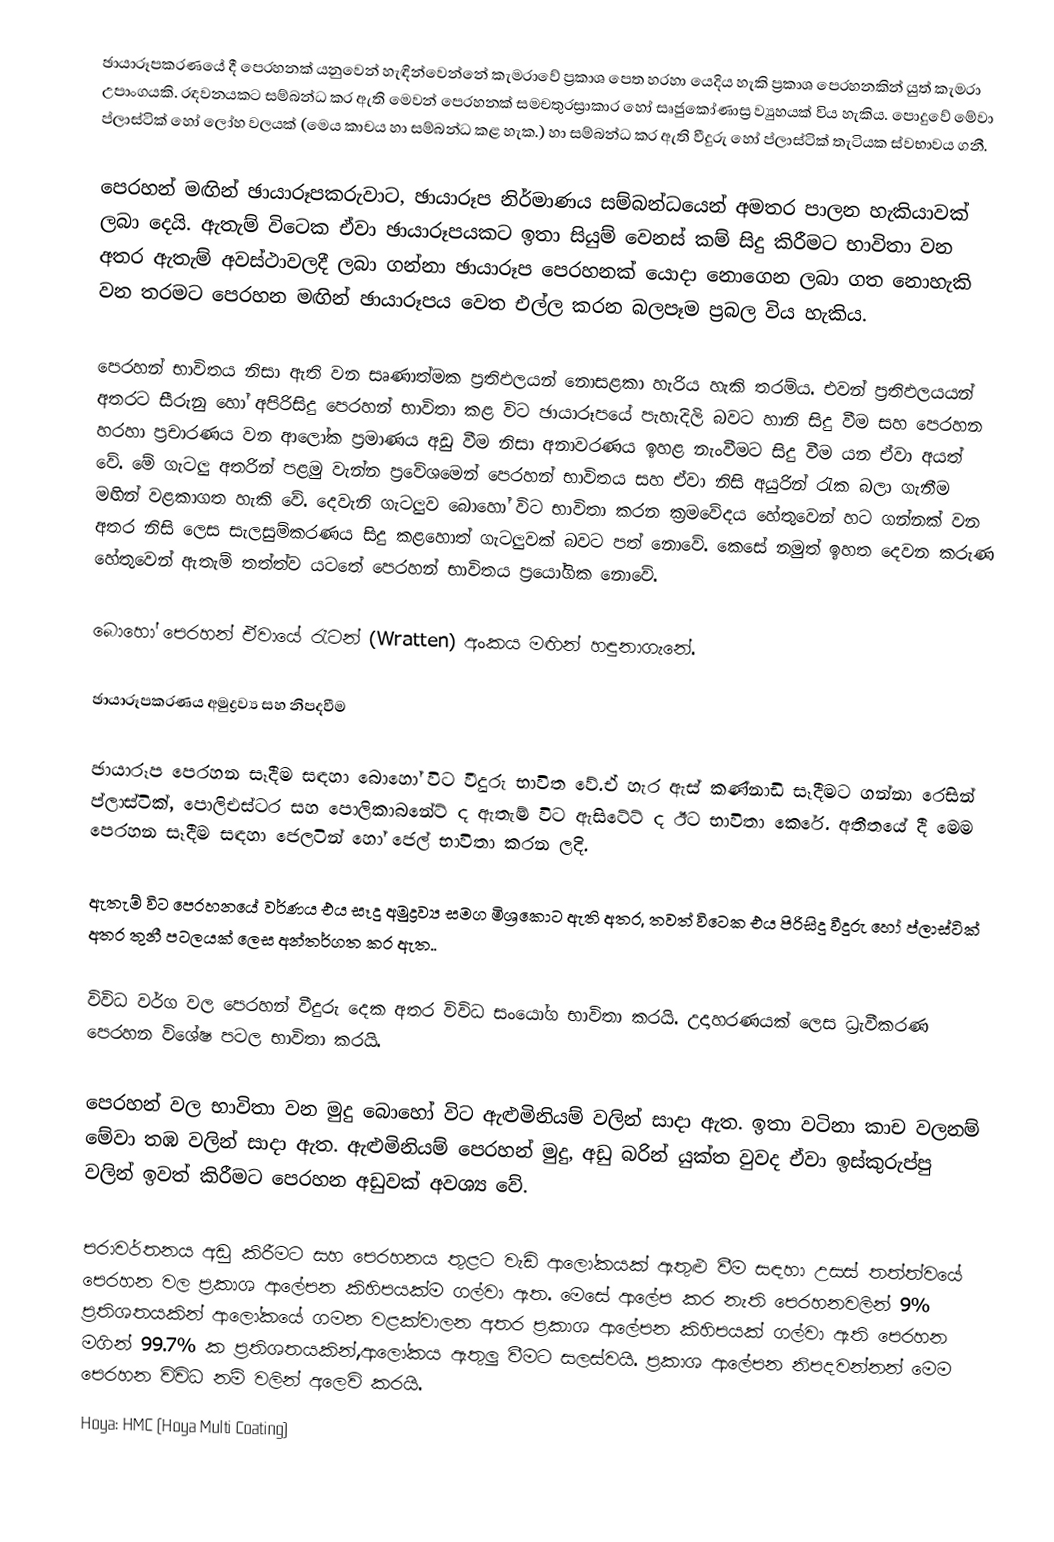
ඡායාරූපකරණයේ දී පෙරහනක් යනුවෙන් හැඳින්වෙන්නේ කැමරාවේ ප්‍රකාශ පෙත හරහා යෙදිය හැකි ප්‍රකාශ පෙරහනකින් යුත් කැමරා උපාංගයකි. රඳවනයකට සම්බන්ධ කර ඇති මෙවන් පෙරහනක් සමචතුරස්‍රාකාර හෝ සෘජුකෝණාස්‍ර ව්‍යුහයක් විය හැකිය. පොදුවේ මේවා ප්ලාස්ටික් හෝ ලෝහ වලයක් (මෙය කාචය හා සම්බන්ධ කළ හැක.) හා සම්බන්ධ කර ඇති වීදුරු හෝ ප්ලාස්ටික් තැටියක ස්වභාවය ගනී.

පෙරහන් මඟින් ඡායාරූපකරුවාට, ඡායාරූප නිර්මාණය සම්බන්ධයෙන් අමතර පාලන හැකියාවක් ලබා දෙයි. ඇතැම් විටෙක ඒවා ඡායාරූපයකට ඉතා සියුම් වෙනස් කම් සිදු කිරීමට භාවිතා වන අතර ඇතැම් අවස්ථාවලදී ලබා ගන්නා ඡායාරූප පෙරහනක් යොදා නොගෙන ලබා ගත නොහැකි වන තරමට පෙරහන මඟින් ඡායාරූපය වෙත එල්ල කරන බලපෑම ප්‍රබල විය හැකිය.

පෙරහන් භාවිතය නිසා ඇති වන සෘණාත්මක ප්‍රතිඵලයන් නොසළකා හැරිය හැකි තරම්ය. එවන් ප්‍රතිඵලයයන් අතරට සීරුනු හෝ අපිරිසිදු පෙරහන් භාවිතා කළ විට ඡායාරූපයේ පැහැදිලි බවට හානි සිදු වීම සහ පෙරහන හරහා ප්‍රචාරණය වන ආලෝක ප්‍රමාණය අඩු වීම නිසා අනාවරණය ඉහළ නැංවීමට සිදු වීම යන ඒවා අයත් වේ. මේ ගැටලු අතරින් පළමු වැන්න ප්‍රවේශමෙන් පෙරහන් භාවිතය සහ ඒවා නිසි අයුරින් රැක බලා ගැනීම මඟින් වළකාගත හැකි වේ. දෙවැනි ගැටලුව බොහෝ විට භාවිතා කරන ක්‍රමවේදය හේතුවෙන් හට ගන්නක් වන අතර නිසි ලෙස සැලසුම්කරණය සිදු කළහොත් ගැටලුවක් බවට පත් නොවේ. කෙසේ නමුත් ඉහත දෙවන කරුණ හේතුවෙන් ඇතැම් තත්ත්ව යටතේ පෙරහන් භාවිතය ප්‍රයෝගික නොවේ.

බොහෝ පෙරහන් ඒවායේ රැටන් (Wratten) අංකය මඟින් හඳුනාගැනේ.

ඡායාරූපකරණය අමුද්‍රව්‍ය සහ නිපදවීම

ඡායාරූප පෙරහන සෑදීම සඳහා බොහෝ විට වීදුරු භාවිත වේ.ඒ හැර ඇස් කණ්නාඩි සෑදීමට ගන්නා රෙසින් ප්ලාස්ටික්, පොලිඑස්ටර සහ පොලිකාබනේට් ද ඇතැම් විට ඇසිටේට් ද ඊට භාවිතා කෙරේ. අතීතයේ දී මෙම පෙරහන සෑදීම සඳහා ජෙලටින් හෝ ජෙල් භාවිතා කරන ලදි.

ඇතැම් විට පෙරහනයේ වර්ණය එය සෑදු අමුද්‍රව්‍ය සමග මිශ්‍රකොට ඇති අතර, තවත් විටෙක එය පිරිසිදු වීදුරු හෝ ප්ලාස්ටික් අතර තුනී පටලයක් ලෙස අන්තර්ගත කර ඇත..

විවිධ වර්ග වල පෙරහන් වීදුරු දෙක අතර විවිධ සංයෝග භාවිතා කරයි. උදාහරණයක් ලෙස ධ්‍රැවීකරණ පෙරහන විශේෂ පටල භාවිතා කරයි.

පෙරහන් වල භාවිතා වන මුදු බොහෝ විට ඇළුමිනියම් වලින් ‍සාදා ඇත. ඉතා වටිනා කාච වලනම් මේවා තඹ වලින් සාදා ඇත. ඇළුමිනියම් පෙරහන් මුදු, අඩු බරින් යුක්ත වුවද ඒවා ඉස්කුරුප්පු වලින් ඉවත් කිරීමට පෙරහන අඩුවක් අවශ්‍ය වේ.

පරාවර්තනය අඩු කිරීමට සහ පෙරහනය තුළට වැඩි ආලෝකයක් ඇතුළු වීම සඳහා උසස් තත්ත්වයේ පෙරහන වල ප්‍රකාශ ආලේපන කිහිපයක්ම ගල්වා ඇත. මෙසේ ආලේප කර නැති පෙරහනවලින් 9% ප්‍රතිශතයකින් ආලෝකයේ ගමන වළක්වාලන අතර ප්‍රකාශ ආලේපන කිහිපයක් ගල්වා ඇති පෙරහන මගින් 99.7% ක ප්‍රතිශතයකින්,ආලෝකය ඇතුලු වීමට සලස්වයි. ප්‍රකාශ ආලේපන නිපදවන්නන් මෙම පෙරහන විවිධ නම් වලින් අලෙවි කරයි.
 Hoya: HMC (Hoya Multi Coating)